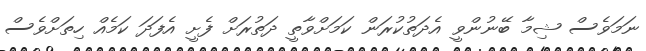
ނަމަވެސް ޝިމާ ބޭނުންވީ އެދަތުކުރަން ކަމަށްވާތީ ދަތުރަށް ފެށީ އެފަދަ ކަމެއް ހިތަށްވެސް